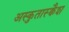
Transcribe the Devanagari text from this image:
अस्कुतास्क्वैश